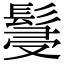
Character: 䯹